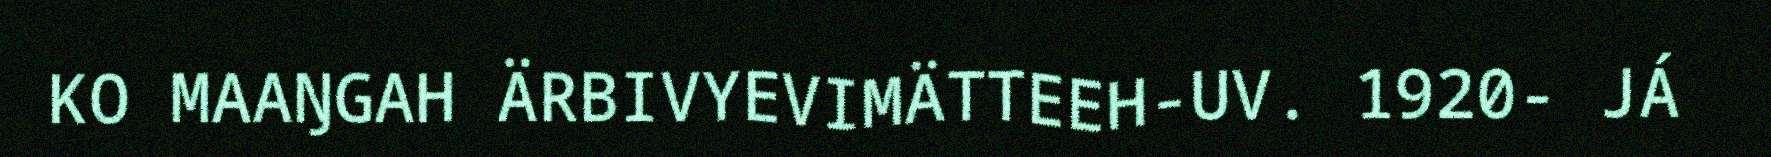
KO MAAŊGAH ÄRBIVYEVIMÄTTEEH-UV. 1920- JÁ